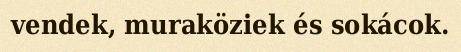
vendek, muraköziek és sokácok.